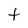
Character: t